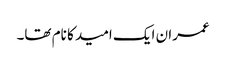
عمران ایک امید کا نام تھا۔